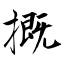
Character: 摡